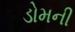
ડોમની